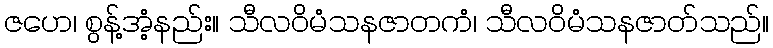
ဇဟေ၊ စွန့်အံ့နည်း။ သီလဝိမံသနဇာတကံ၊ သီလဝိမံသနဇာတ်သည်။